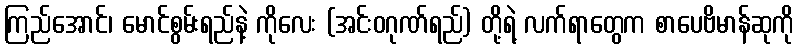
ကြည်အောင်၊ မောင်စွမ်းရည်နဲ့ ကိုလေး (အင်းဝဂုဏ်ရည်) တို့ရဲ့ လက်ရာတွေက စာပေဗိမာန်ဆုကို